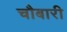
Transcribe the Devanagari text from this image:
चौबारी